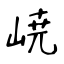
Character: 𡸳